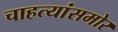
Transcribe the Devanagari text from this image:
चाहत्यांसमोर